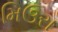
મિઉરા